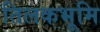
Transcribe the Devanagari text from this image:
तिलकभूमि